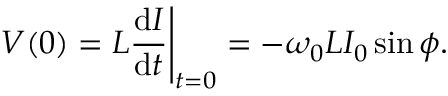
V ( 0 ) = L { \frac { \mathrm { d } I } { \mathrm { d } t } } { \Bigg | } _ { t = 0 } = - \omega _ { 0 } L I _ { 0 } \sin \phi .